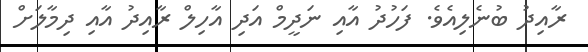
ރާއިދު ބުނެލިއެވެ. ފަހުދު އާއި ނަދީމް އަދި އާހިލް ރާއިދު އާއި ދިމާލަށް